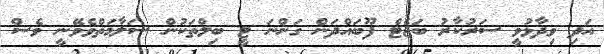
އަދި ވިދާޅުވީ ސަރުކާރު ބަޖެޓް ފޫބައްދަން ގަންނަ ޓީ ބިލްތަކުން ސަލާމަތްވެވޭނީ ވެސް